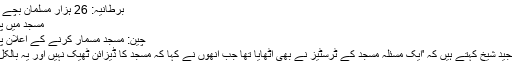
برطانیہ: 26 ہزار مسلمان بچے کیتھولک سکولوں میں
مسجد میں پولنگ سٹیشن پر تنازع
چین: مسجد مسمار کرنے کے اعلان پر مسلمانوں کا احتجاج
کیمبرج کے رہائشی مجید شیخ کہتے ہیں کہ 'ایک مسئلہ مسجد کے ٹرسٹیز نے بھی اٹھایا تھا جب انھوں نے کہا کہ مسجد کا ڈیزائن ٹھیک نہیں اور یہ بالکل مسجد جیسا نہیں لگتا۔